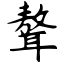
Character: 聱